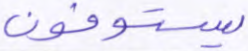
يستوفون